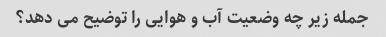
جمله زیر چه وضعیت آب و هوایی را توضیح می دهد؟